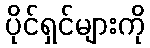
ပိုင်ရှင်များကို